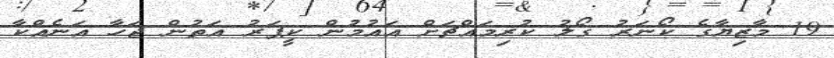
19 މާޒިޔާގެ ކޯނަރު ގޯލު ކުރިމައްޗަށް އައުމުން ކީޕަރު އަތުން ޖަހާ އަނެއްކާ